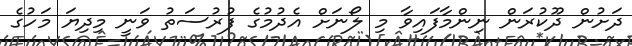
ދަށުން ދޫކުރަން ނިންމާފައިވާ މި ލޯނަށް އެދުމުގެ ފުރުސަތު ވަނީ މިދިޔަ މަހުގެ